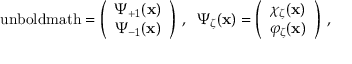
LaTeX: \mathrm { \boldmath ~ \Psi ~ \ u n b o l d m a t h } = \left( \begin{array} { c } { { \Psi _ { + 1 } ( { \bf x } ) } } \\ { { \Psi _ { - 1 } ( { \bf x } ) } } \end{array} \right) \; , \; \; \Psi _ { \zeta } ( { \bf x } ) = \left( \begin{array} { c } { { \chi _ { \zeta } ( { \bf x } ) } } \\ { { \varphi _ { \zeta } ( { \bf x } ) } } \end{array} \right) \; ,